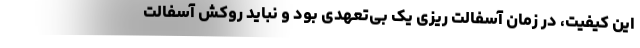
این کیفیت، در زمان آسفالت ریزی یک بی‌تعهدی بود و نباید روکش آسفالت